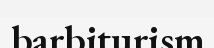
barbiturism